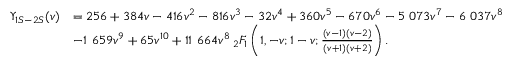
\begin{array} { r l } { \Upsilon _ { 1 S - 2 S } ( v ) } & { = 2 5 6 + 3 8 4 v - 4 1 6 v ^ { 2 } - 8 1 6 v ^ { 3 } - 3 2 v ^ { 4 } + 3 6 0 v ^ { 5 } - 6 7 0 v ^ { 6 } - 5 ~ 0 7 3 v ^ { 7 } - 6 ~ 0 3 7 v ^ { 8 } } \\ & { - 1 ~ 6 5 9 v ^ { 9 } + 6 5 v ^ { 1 0 } + 1 1 ~ 6 6 4 v ^ { 8 } \: _ { 2 } F _ { 1 } \left( 1 , - v ; 1 - v ; \frac { ( v - 1 ) ( v - 2 ) } { ( v + 1 ) ( v + 2 ) } \right) . } \end{array}